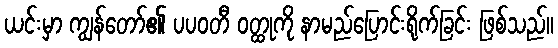
ယင်းမှာ ကျွန်တော်၏ ပပဝတီ ဝတ္ထုကို နာမည်ပြောင်းရိုက်ခြင်း ဖြစ်သည်။